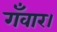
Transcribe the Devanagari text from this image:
गँवार।